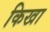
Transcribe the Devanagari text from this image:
किखा